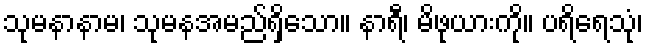
သုမနာနာမ၊ သုမနအမည်ရှိသော။ နာရီ၊ မိဖုယားကို။ ပရိရေသုံ၊